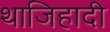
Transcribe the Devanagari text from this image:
थाजिहादी